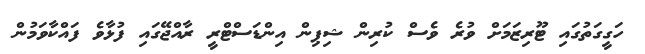
ހަގީގަތުގައި ޓޫރިޒަމަށް ވުރެ ވެސް ކުރިން ޝިޕިން އިންޑަސްޓްރީ ރާއްޖޭގައި ފުޅާވެ ފައްކާވަމުން